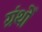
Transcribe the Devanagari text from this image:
ग्रंथोँ